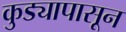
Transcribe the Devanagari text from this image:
कुड्यापासून